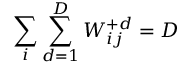
\sum _ { i } \sum _ { d = 1 } ^ { D } W _ { i j } ^ { + d } = D